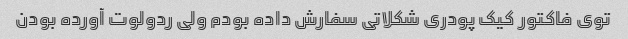
توی فاکتور کیک پودری شکلاتی سفارش داده بودم ولی ردولوت آورده بودن